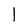
Character: l